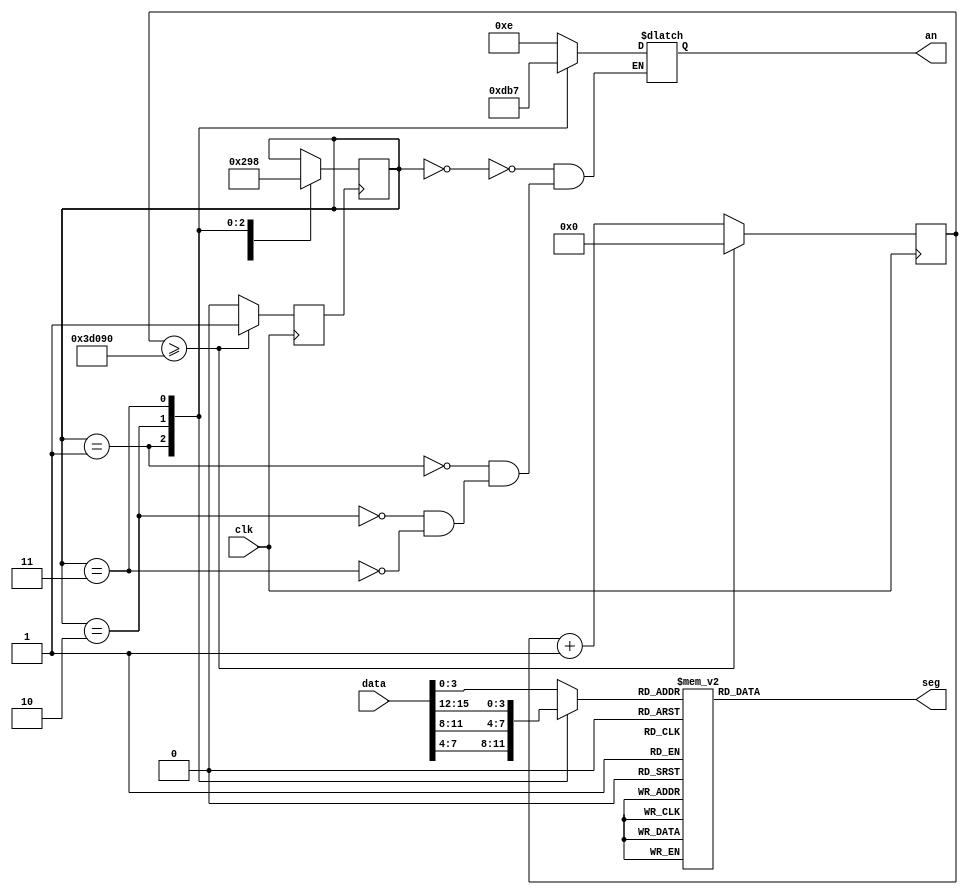
`timescale 1ns / 1ps
//////////////////////////////////////////////////////////////////////////////////
// Company: 
// Engineer: 
// 
// Design Name: 
// Module Name:    sevensegment 
// Project Name: 
// Target Devices: 
// Tool versions: 
// Description: 
//
// Dependencies: 
//
// Revision: 
// Revision 0.01 - File Created
// Additional Comments: 
//
//////////////////////////////////////////////////////////////////////////////////
module sevensegment(
	input clk,
	input  [15:0] data,
	output reg [6:0] seg,
	output reg [3:0] an	
   );

	reg [26:0] counter; 
	reg clk_50Hz;
	reg [2:0] state=0;
	reg [3:0] out;	
	
	always @(posedge clk) begin
		if(counter>=250000) begin
			counter<=0;
			clk_50Hz<=1;
		end else begin
						counter<=counter+1;
						clk_50Hz<=0;
					end
	end

	always @(*) begin
		case(state)
			0: begin 
					out=data[3:0];
					an=4'b1110;
				end
			1: begin
					out=data[7:4];
					an=4'b1101;
				end
			2: begin
					out=data[11:8];				
					an=4'b1011;
				end
			3: begin
					out=data[15:12];
					an=4'b0111;
				end
		endcase
		case(out)
			0: seg= 7'b1000000; //O
			1: seg= 7'b1111001; //I
			2: seg= 7'b1000111; //L
			3: seg= 7'b0001001; //H
			4: seg= 7'b0111111; //-
			5: seg= 7'b0101011; //n
			6: seg= 7'b0000001; //U
			7: seg= 7'b0101111; //r
			8: seg= 7'b0001100; //P
			9: seg= 7'b0010000; //g
			10: seg=7'b0001000;
			11: seg=7'b0000011;
			12: seg=7'b1000110;			
			13: seg=7'b0100001;
			14: seg=7'b0000110;
			15: seg=7'b0000111; //t
		endcase	
	end		
	
	
	always @(posedge clk_50Hz) begin
		case(state)
			0: begin
				state<=1;

			end
			1: begin
				state<=2;
		
			end
			2: begin
				state<=3;
			
			end
			3: begin
				state<=0;
			
			end
		endcase
	end
	


	
endmodule